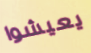
يعيشوا